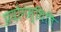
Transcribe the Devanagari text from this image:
प्रयोगस्थिति